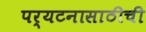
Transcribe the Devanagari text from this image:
पर्यटनासाठीची